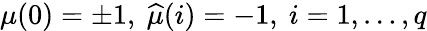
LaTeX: \mu(0)=\pm 1,\mathtt{\ }\widehat{\mu}(i)=-1,\mathtt{\ }i=1,\dots,q